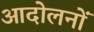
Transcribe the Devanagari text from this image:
आदोलनों